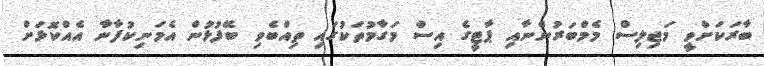
ބާރަކަށްވީ މަޖިލިސް މެމްބަރުންނާއި ޕާޓީގެ އިސް މަގާމުތަކުގައި ތިއްބެވި ބޭފުޅުން އެމަނިކުފާނާ އެއްކޮޅަށް